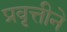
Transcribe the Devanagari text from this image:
प्रवृत्तीने